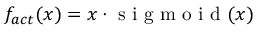
f _ { a c t } ( x ) = x \cdot \mathrm { ~ s ~ i ~ g ~ m ~ o ~ i ~ d ~ } ( x )